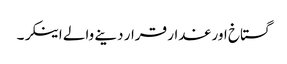
گستاخ اور غدار قرار دینے والے اینکر۔